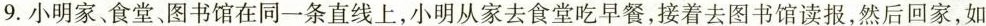
9.小明家、食堂、图书馆在同一条直线上，小明从家去食堂吃早餐，接着去图书馆读报，然后回家，如